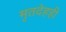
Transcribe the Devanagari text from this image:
मृतदेहही